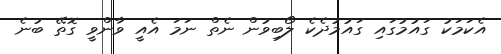
އެކަމަކު ގައުމުގައި ގައުމުދެކެ ލޯބިވުން ނެތް ނަމަ އެއީ ވާންވީ ގޮތޭ ބުނެ